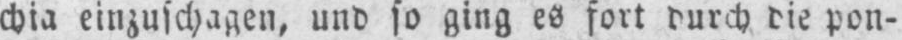
chia einzuschagen, und so ging es fort durch die pon-